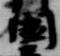
国